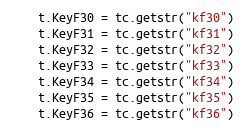
Language: Go
	t.KeyF30 = tc.getstr("kf30")
	t.KeyF31 = tc.getstr("kf31")
	t.KeyF32 = tc.getstr("kf32")
	t.KeyF33 = tc.getstr("kf33")
	t.KeyF34 = tc.getstr("kf34")
	t.KeyF35 = tc.getstr("kf35")
	t.KeyF36 = tc.getstr("kf36")